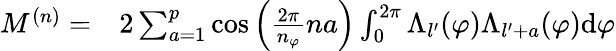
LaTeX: \begin{array}{rl}{M^{(n)}=}&{{}2\sum_{a=1}^{p}\cos\left(\frac{2\pi}{n_{\varphi}}na\right)\int_{0}^{2\pi}\Lambda_{l^{\prime}}(\varphi)\Lambda_{l^{\prime}+a}(\varphi)\mathrm{d}{\varphi}}\end{array}